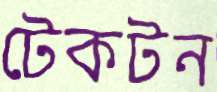
টেকটন